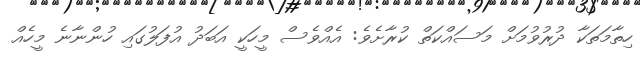
ހިތާމަތަކާ ދުރުވުމަށް މަސައްކަތް ކުރާށެވެ: އެއްވެސް މީހަކީ އަބަދު އުފަލުގައި ހުންނާނެ މީހެއް